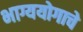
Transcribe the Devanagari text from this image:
भाग्ययोगाचे